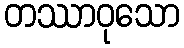
တဿာဝုသော